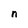
Character: n